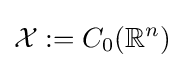
{\mathcal {X}}:=C_{0}(\mathbb {R} ^{n})